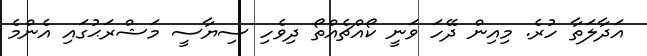
އަދާލަތާ ހުރެ. މިއިން ދޭހަ ވަނީ ކޯއްޗެއްތޯ ދިވެހި ސިޔާސީ މަޝްރަޙުގައި އެންމެ